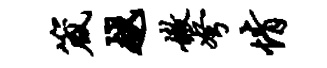
箴越嫩弩情